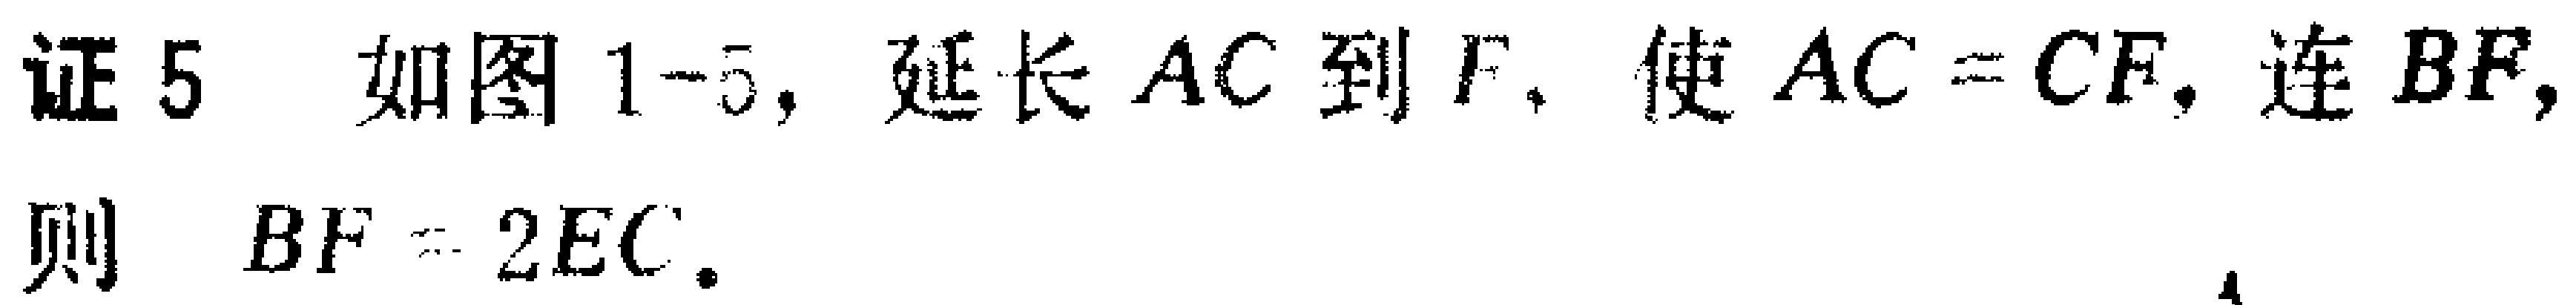
证5 如图1-5，延长 \(AC\) 到 \(F\)，使 \(AC = CF\)，连 \(BF\)，则 \(BF = 2EC\)。